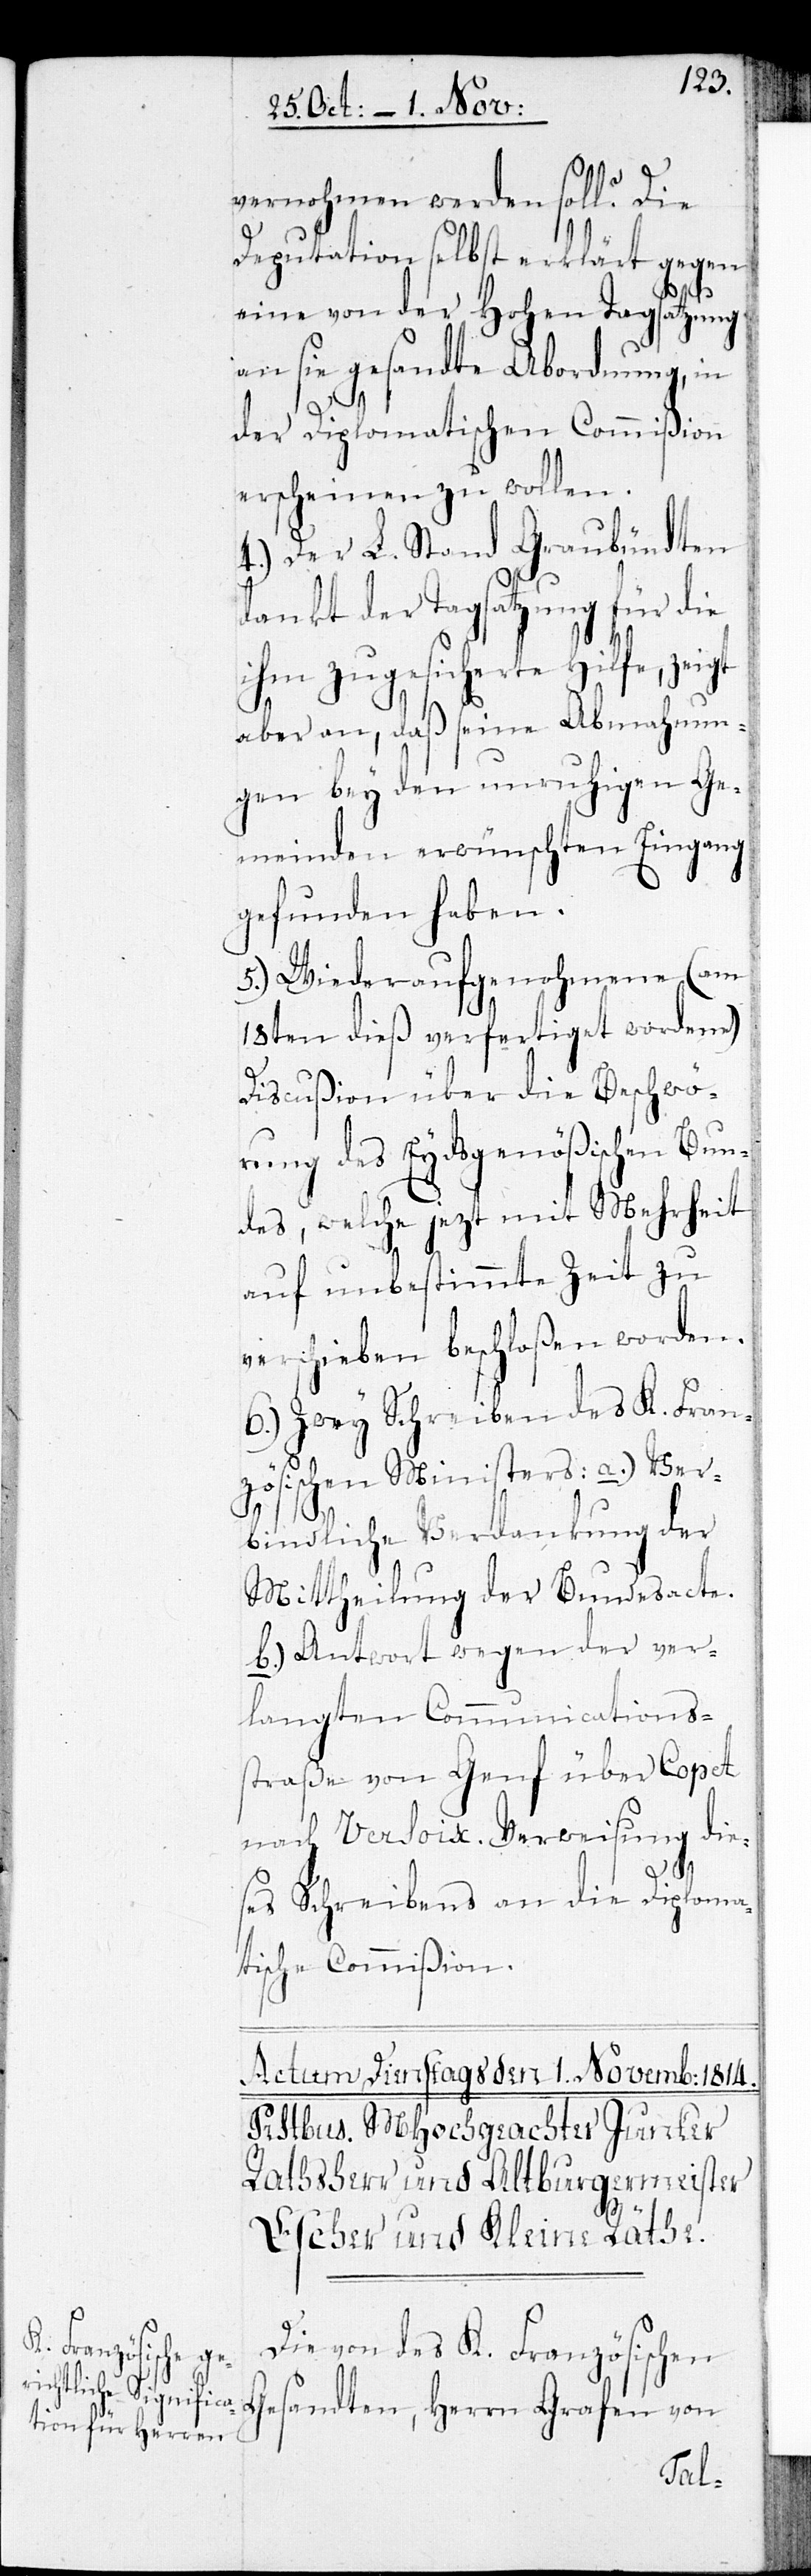
vernohmen werden soll. Die
Deputation selbst erklärt gegen
eine von der Hohen Tagsatzung
an sie gesandte Abordnung, in
der Diplomatischen Commißion
erscheinen zu wollen.
4.) Der L. Stand Graubündten
dankt der Tagsatzung für die
ihm zugesicherte Hilfe, zeigt
aber an, daß seine Abmahnun¬
gen bey den unruhigen Ge¬
meinden erwünschten Eingang
gefunden haben.
5.) Wiederaufgenohmene (am
18ten dieß verfertiget wordene)
Discußion über die Beschwö¬
rung des Eydsgenößischen Bun¬
des, welche jezt mit Mehrheit
auf unbestimmte Zeit zu
verschieben beschloßen worden.
6.) Zwey Schreiben des K. Fran¬
zösischen Ministers: a.) Ver¬
bindliche Verdankung der
Mittheilung der Bundesacte.
b.) Antwort wegen der ver¬
langten Communications¬
straße von Genf über Copet
nach Versoix. Verweisung die¬
ses Schreibens an die Diploma¬
tische Commißion.
Die von des K. Französischen
Gesandten, Herrn Grafen von